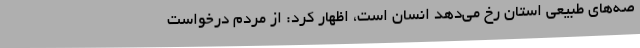
صه‌های طبیعی استان رخ می‌دهد انسان است، اظهار کرد: از مردم درخواست